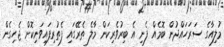
މުލިއާގެ ސަރަހައްދުން ބޮމެއް ފެނި އެ ބިރުވެރިކަން މާލެ ތެރޭގައި ފެތުރިފައިވަނިކޮށް ޖެހިގެން